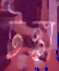
টঙ্কা